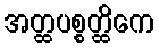
အတ္ထပစ္စတ္ထိကေ